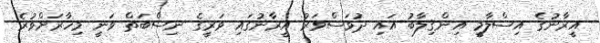
އީރާނުގެ އިސްލާމީ އިންޤިލާބު އައި ދުވަސްވަރު އީރާނުގައި ވަރީގެ ނިސްބަތް ވަނީ މިހާރަށްވުރެ